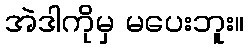
အဲဒါကိုမှ မပေးဘူး။